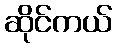
ဆိုင်ကယ်